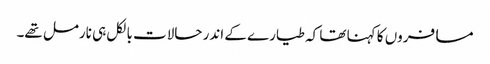
مسافروں کا کہنا تھا کہ طیارے کے اندر حالات بالکل ہی نارمل تھے۔